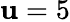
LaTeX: \mathbf{u}=5